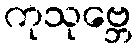
ကုသုဗ္ဘေ